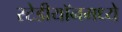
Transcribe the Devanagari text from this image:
स्टेडीयॉनमध्ये